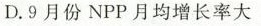
D.9月份NPP月均增长率大